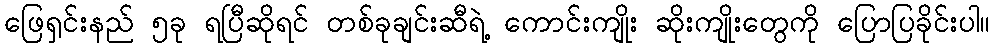
ဖြေရှင်းနည် ၅ခု ရပြီဆိုရင် တစ်ခုချင်းဆီရဲ့ ကောင်းကျိုး ဆိုးကျိုးတွေကို ပြောပြခိုင်းပါ။